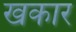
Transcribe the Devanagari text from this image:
खकार